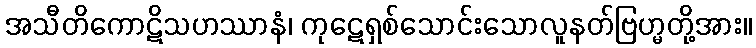
အသီတိကောဋိသဟဿာနံ၊ ကုဋေရှစ်သောင်းသောလူနတ်ဗြဟ္မတို့အား။